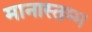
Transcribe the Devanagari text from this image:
मानास्तम्भ